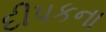
દીપકના